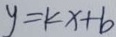
y = k x + b